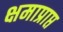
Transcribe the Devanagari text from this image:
क्षमाप्राप्त